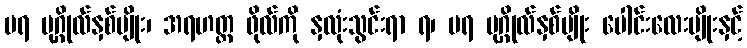
မရ ပုဂ္ဂိုလ်နှစ်မျိုး၊ အရဟတ္တ ဖိုလ်ကို နှလုံးသွင်းရာ ရ၊ မရ ပုဂ္ဂိုလ်နှစ်မျိုး ပေါင်းလေးမျိုးနှင့်